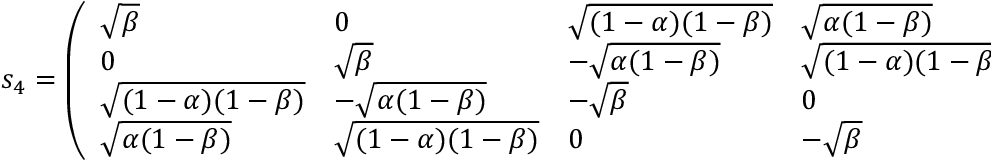
s _ { 4 } = \left( \begin{array} { l l l l } { \sqrt { \beta } } & { 0 } & { \sqrt { ( 1 - \alpha ) ( 1 - \beta ) } } & { \sqrt { \alpha ( 1 - \beta ) } } \\ { 0 } & { \sqrt { \beta } } & { - \sqrt { \alpha ( 1 - \beta ) } } & { \sqrt { ( 1 - \alpha ) ( 1 - \beta ) } } \\ { \sqrt { ( 1 - \alpha ) ( 1 - \beta ) } } & { - \sqrt { \alpha ( 1 - \beta ) } } & { - \sqrt { \beta } } & { 0 } \\ { \sqrt { \alpha ( 1 - \beta ) } } & { \sqrt { ( 1 - \alpha ) ( 1 - \beta ) } } & { 0 } & { - \sqrt { \beta } } \end{array} \right)